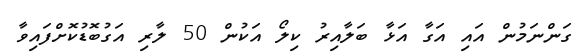
ގަންނަމުން އައި އަގާ އަޅާ ބަލާއިރު ކިލޯ އަކުން 50 ލާރި އަގުބޮޑުކޮށްފައިވާ